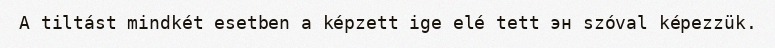
A tiltást mindkét esetben a képzett ige elé tett эн szóval képezzük.